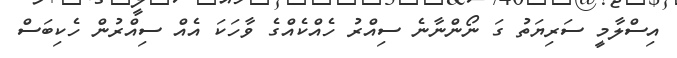
އިސްލާމީ ސަރިޔަތު ގަ ނޯންނާނެ ސިއްރު ހެއްކެއްގެ ވާހަކަ އެއް ސިއްރުން ހެކިބަސް